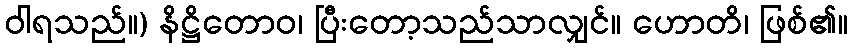
ဝါရသည်။) နိဋ္ဌိတောဝ၊ ပြီးတော့သည်သာလျှင်။ ဟောတိ၊ ဖြစ်၏။